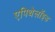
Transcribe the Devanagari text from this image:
एपिथेलॉइड